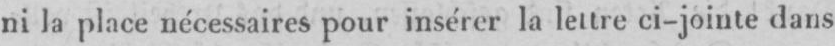
ni la place nécessaires pour insérer la lettre ci-jointe dans